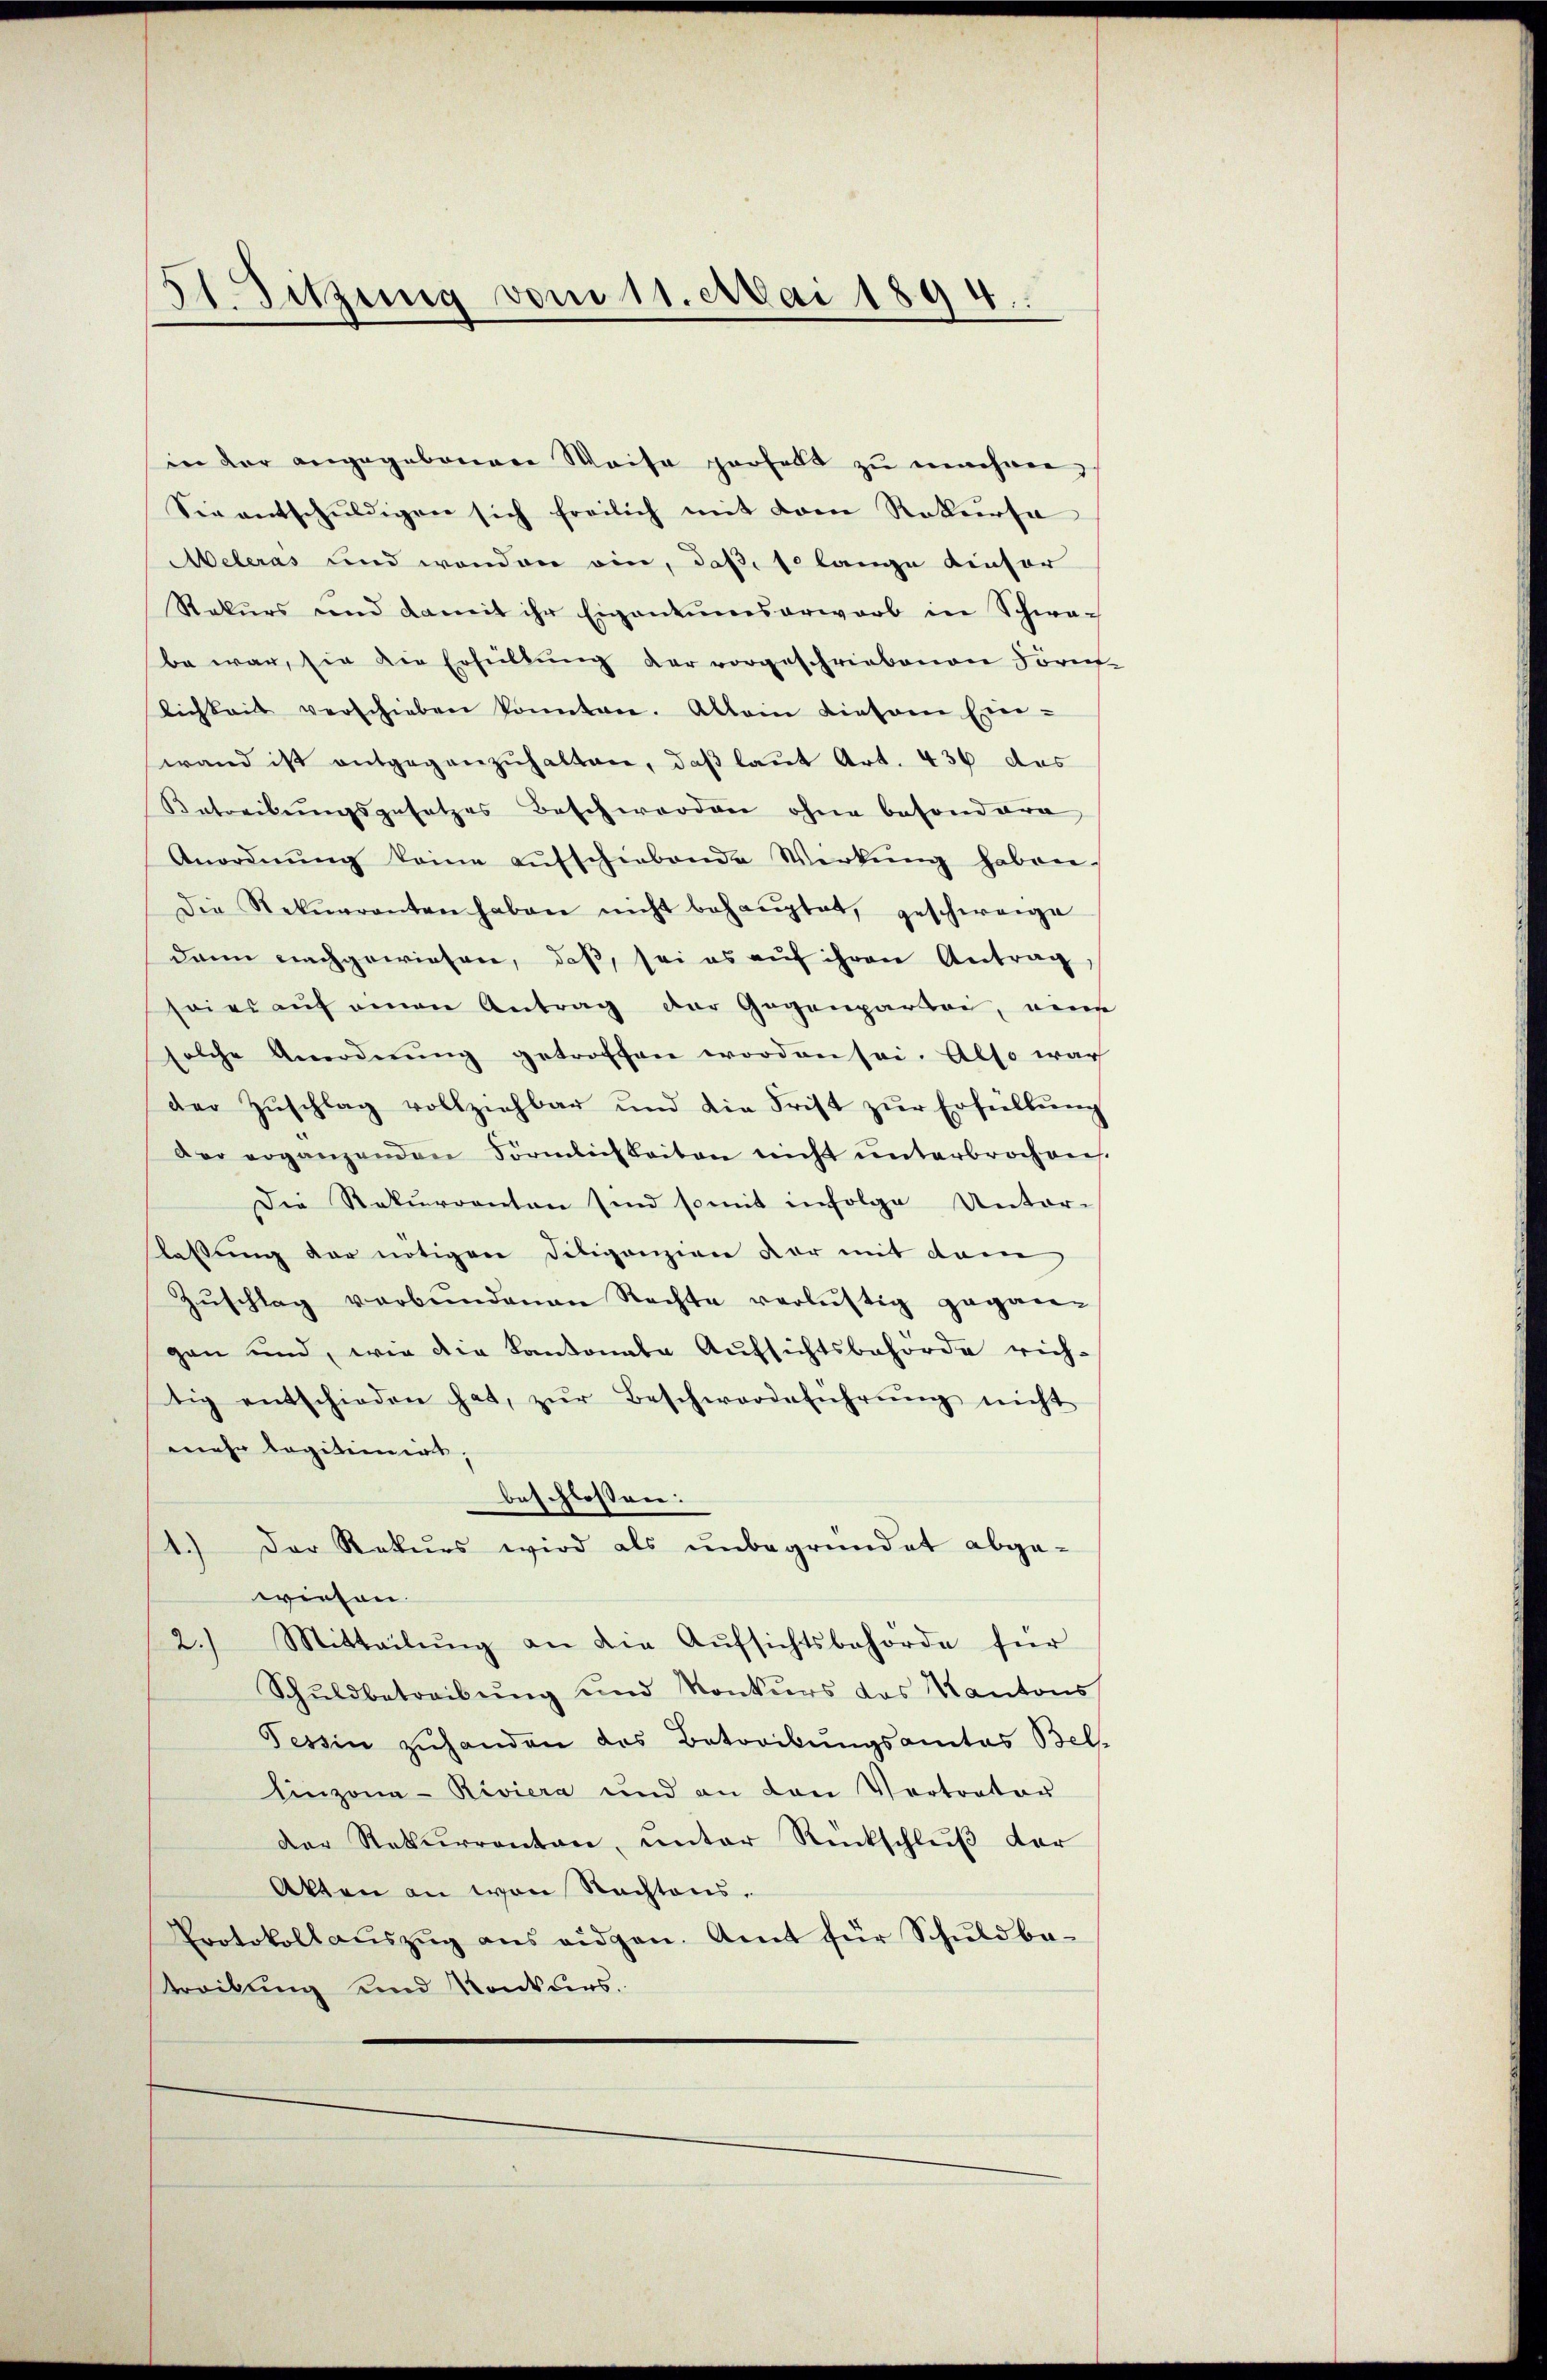
in der angegebenen Waise zerfallt zŭ machen,
Sie entschuldigen sich freilich mit vom Rekursa
Aeleras und wenden ein, daß, so lange Kiesor
Rekŭrs und damit ihr Eigentumesarwarb in Schwa-
be war, sie die Erfüllŭng der vorgeschriebenen Form-
lichkeit verschieben konnten. Allein diesem Ein-
wand ist entgegenzuhalten, daß laut Art. 436 das
Betreibungsgesetzes Beschwerden ohne besondere
Anordnŭng keine aŭfschiebende Wirkŭng haben,
Die Rekurrenten haben nicht behaŭptet, geschweige
dann nachgewiesen, daß, sei es auf ihren Antrag
soins auf einen Antrag der Gegenpartei, eine
solche Anordnŭng getroffen worden sei. Also war
der Zŭschlag vollziehbar und die Frist zŭr Erstellŭng
der erganzenden Förmlichkeiten nicht unterbrochen.
Die Rekurranton sind somit infolge Unter-
lassung der nötigen Diligenzion vor mit dem
Zŭschlag verbŭndenen Rechte verlustig gegangen und, wie die Kantonale Aufsichtsbehörde rich-
tig entschieden hat, zŭr Beschwerdeführŭng nicht
mehr legitimiers,
beschlossen:
) Der Rekurs wird als unbegründet abge-
wiesen
2.) Mitteilŭng an die Aŭfsichtsbehörde für
Schuldbetreibŭng und Konkurs des Kantons
Tessin zuhanden des Betreibungsamtes Bels-
linzona-Riviera und an den Vertrator
der Rekurrenten, unter Rückschlŭβ der
Akten an von Rechtens¬
Protokoll aŭszŭg ans eidgen. Amt für Schuldba-
streibung und Konkurs.

51. Sitzung vom 11. Mai 1894.